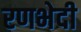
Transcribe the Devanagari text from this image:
रणभेदी